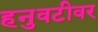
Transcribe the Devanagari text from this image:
हनुवटीवर